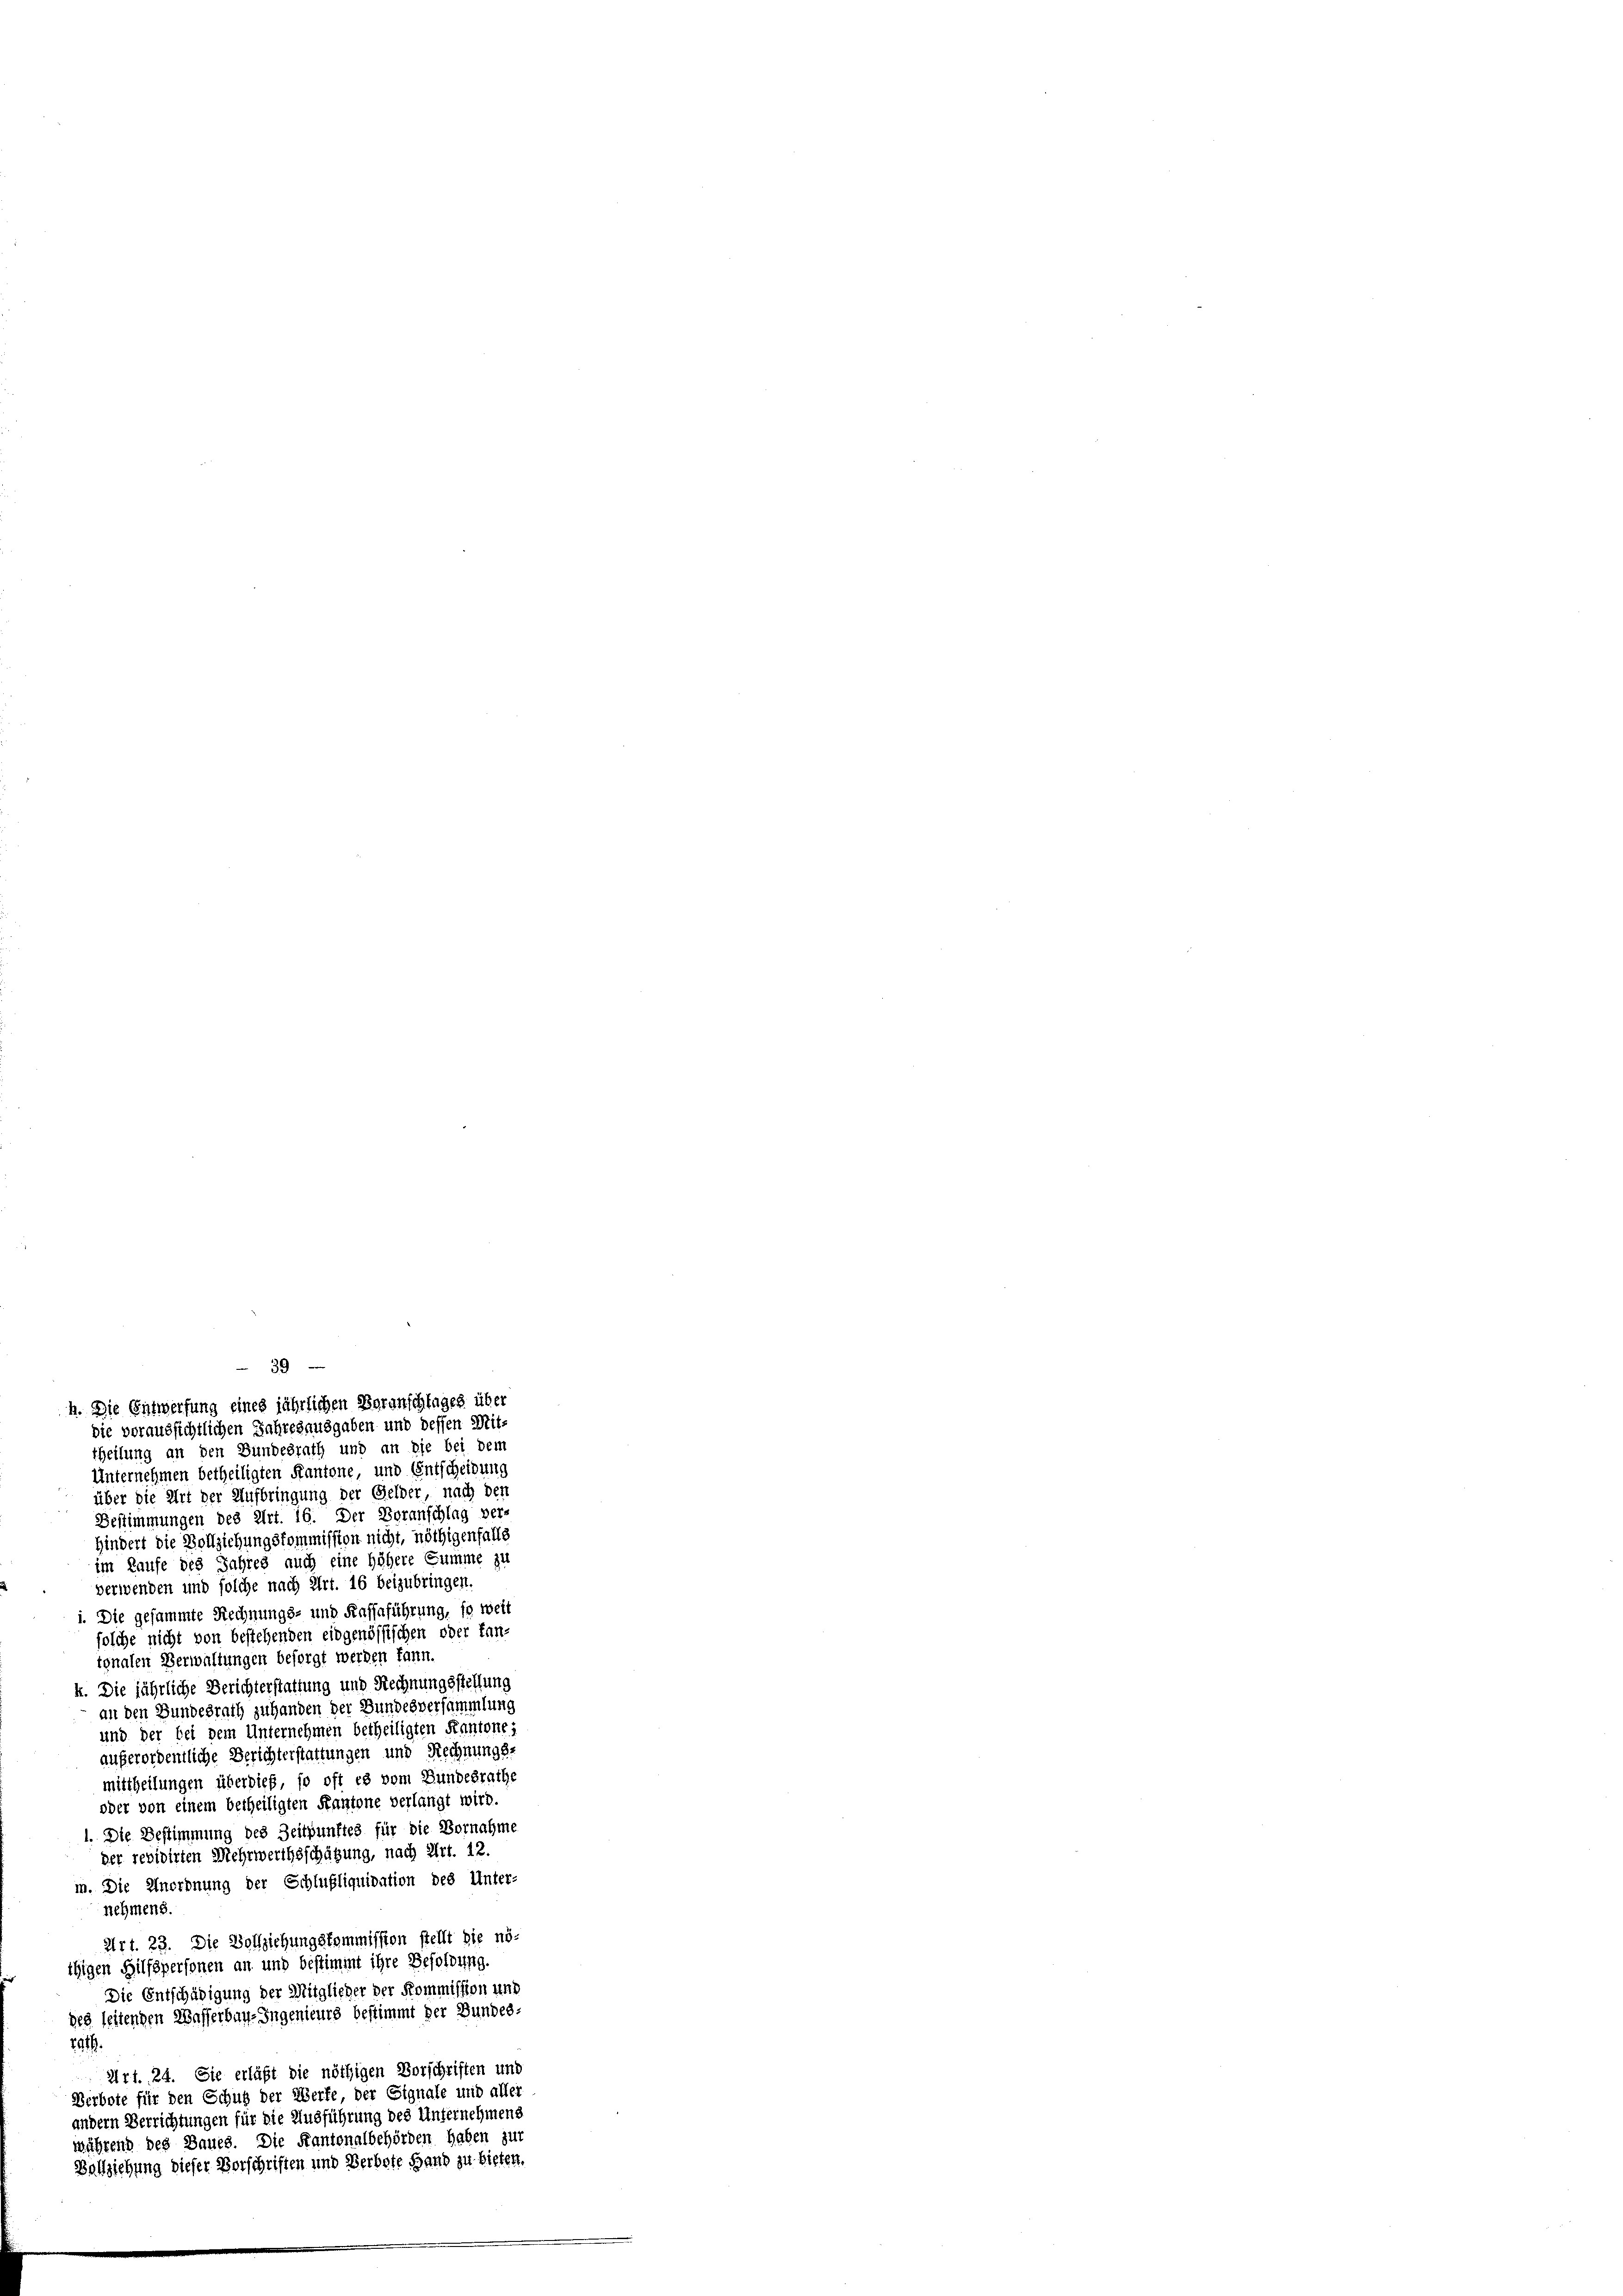
39
h. Die Entwerfung eines jährlichen Boranschlages über

die voraussichtlichen Jahresausgaben und dessen Mit-
theilung an den Bundesrath und an die bei dem
Unternehmen betheiligten Kantone, und Entscheidung
über die Art der Aufbringung der Gelder, nach den
Bestimmungen des Art. 16. Der Voranschlag ver-
hindert die Vollziehungskommission nicht, nöthigenfalls
im Laufe des Jahres auch eine höhere Summe zu
verwenden und solche nach Art. 16 beizubringen.
i. Die gesammte Rechnungs- und Kassaführung, so weit
solche nicht von bestehenden eidgenössischen oder fan-
ignalen Verwaltungen besorgt werden kann.
k. Die jährliche Berichterstattung und Rechnungsstellung
an den Bundesrath zuhanden der Bundesversammlung
und der bei dem Unternehmen betheiligten Kantones
außerordentliche Berichterstattungen und Rechnungs-
mittheilungen überdieß, so oft es vom Bundesrathe
oder von einem betheiligten Kantone verlangt wird.
1. Die Bestimmung des Zeitpunftes für die Vornahme
der revidirten Mehrwerthsschätzung, nach Art. 12.
m. Die Anordnung der Schlußliquidation des Unter-
nehmens.
Art. 23. Die Vollziehungskommission stellt die nö-
thigen Hilfspersonen an und bestimmt ihre Besoldung.
Die Entschädigung der Mitglieder der Kommission und
des leitenden Wasserbau-Ingenieurs bestimmt der Bundes-
29.
Art. 24. Sie erläßt die nöthigen Vorschriften und
Berbote für den Schutz der Werfe der Signale und aller
andern Verrichtungen für die Ausführung des Unternehmens
während des Baues. Die Kantonalbehörden haben zur
Bollziehung dieser Vorschriften und Verbote Hand zu bieten.